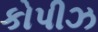
કોપીઝ